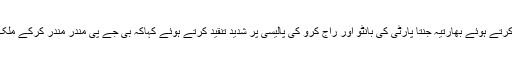
انہوں نے الگ الگ انتخابی ریلیوں سے خطاب کرتے ہوئے بھارتیہ جنتا پارٹی کی بانٹو اور راج کرو کی پالیسی پر شدید تنقید کرتے ہوئے کہاکہ بی جے پی مندر مندر کرکے ملک کے پرامن ماحول کو تباہ کرنے پر آمادہ ہے ۔